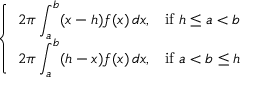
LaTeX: \left\{ \begin{array} { l l } { \displaystyle 2 \pi \int _ { a } ^ { b } ( x - h ) f ( x ) \, d x , } & { { \mathrm { i f } } \ h \leq a < b } \\ { \displaystyle 2 \pi \int _ { a } ^ { b } ( h - x ) f ( x ) \, d x , } & { { \mathrm { i f } } \ a < b \leq h } \end{array} \right.